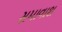
સમાવાશ